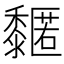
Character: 𪐌